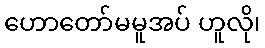
ဟောတော်မမူအပ် ဟူလို၊